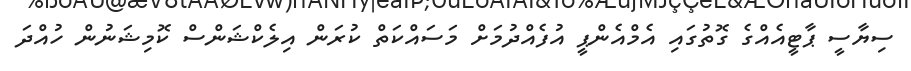
ސިޔާސީ ޕާޓީއެއްގެ ގޮތުގައި އެމްއެންޕީ އުފެއްދުމަށް މަސައްކަތް ކުރަން އިލެކްޝަންސް ކޮމިޝަނުން ހުއްދަ